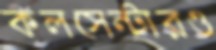
কলসেন্টারও